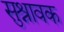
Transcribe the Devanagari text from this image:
सुश्रावक